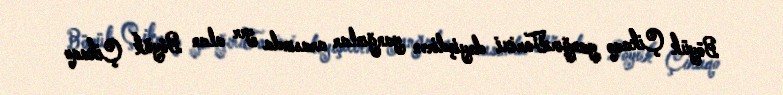
Böyük Çikaqo yanğınıTarixi dəyişdirən yanğınlar arasında yer alan Böyük Çikaqo